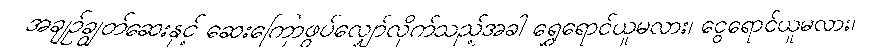
အချဉ်ချွတ်ဆေးနှင့် ဆေးကြောဖွပ်လျှော်လိုက်သည့်အခါ ရွှေရောင်ယူမလား၊ ငွေရောင်ယူမလား၊